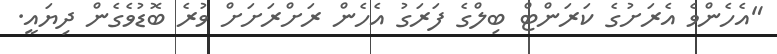
"އެހެންވެ އެރަށުގެ ކަރަންޓް ބިލްގެ ފަރަގު އެހެން ރަށްރަށަށް ވުރެ ބޮޑުވެގެން ދިޔައީ.